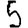
Digit: 5